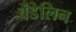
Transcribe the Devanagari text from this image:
वेंडेलिन